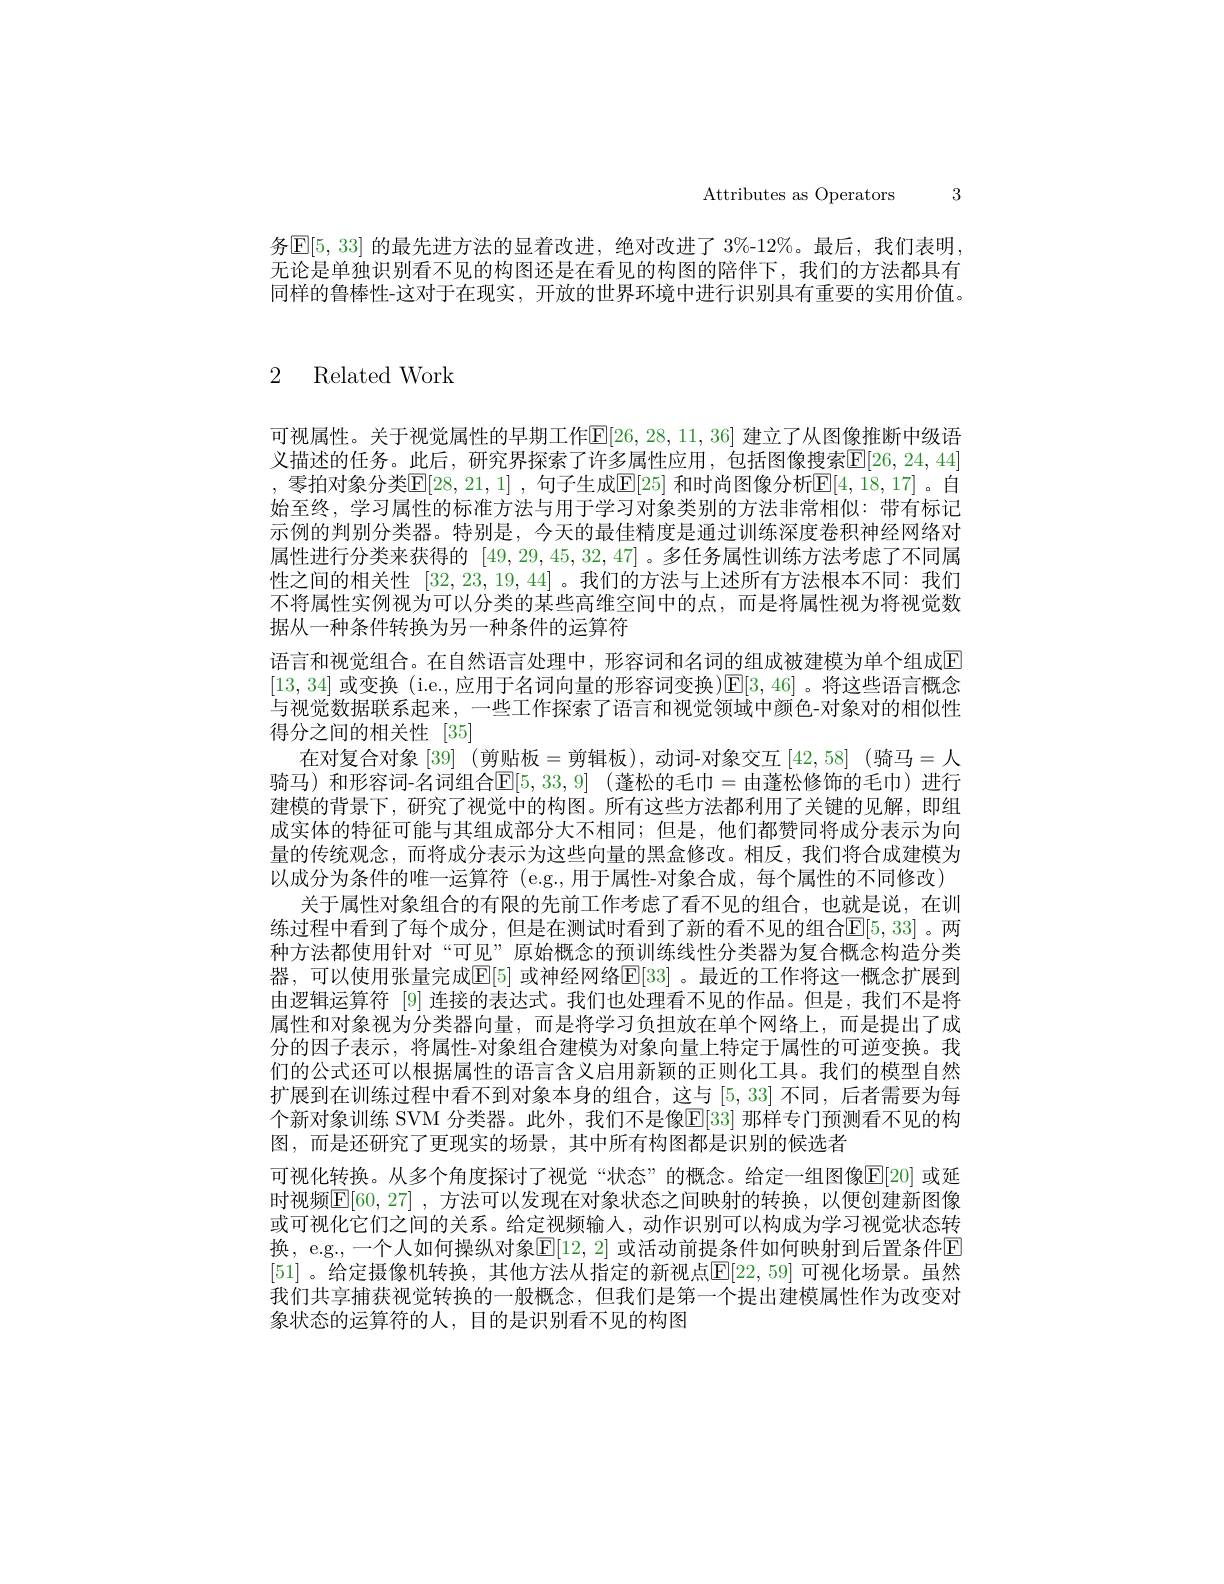
Attributes as Operators 3

务$\mathbb{E}[5,33]$ 的最先进方法的显着改进，绝对改进了 3%-12%。最后，我们表明无论是单独识别看不见的构图还是在看见的构图的陪伴下，我们的方法都具有同样的鲁棒性-这对于在现实，开放的世界环境中进行识别具有重要的实用价值。

2 Related Work

可视属性。关于视觉属性的早期工作$\mathbb{E}[26,28,11,36]$ 建立了从图像推断中级语义描述的任务。此后，研究界探索了许多属性应用，包括图像搜索$\overline{\mathrm{E}}[26,24,44]$ , 零拍对象分类E[28,21,1] , 句子生成$\mathbb{E}[25]$ 和时尚图像分析$\mathbb{E}[4,18,17]$。自始至终，学习属性的标准方法与用于学习对象类别的方法非常相似：带有标记示例的判别分类器。特别是，今天的最佳精度是通过训练深度卷积神经网络对属性进行分类来获得的[49,29,45,32,47] 。多任务属性训练方法考虑了不同属性之间的相关性[32,23,19,44] 。我们的方法与上述所有方法根本不同：我们不将属性实例视为可以分类的某些高维空间中的点，而是将属性视为将视觉数据从一种条件转换为另一种条件的运算符
语言和视觉组合。在自然语言处理中，形容词和名词的组成被建模为单个组成E [13,34]或变换 (i.e.,应用于名词向量的形容词变换)|E[3,46]。将这些语言概念与视觉数据联系起来，一些工作探索了语言和视觉领域中颜色-对象对的相似性得分之间的相关性[35]
在对复合对象[39] (剪贴板=剪辑板),动词-对象交互[42,58] (骑马=人骑马)和形容词-名词组合$\mathsf{E} | 5, 33, 9|$ (蓬松的毛巾=由蓬松修饰的毛巾)进行建模的背景下，研究了视觉中的构图。所有这些方法都利用了关键的见解，即组成实体的特征可能与其组成部分大不相同；但是，他们都赞同将成分表示为向量的传统观念，而将成分表示为这些向量的黑盒修改。相反，我们将合成建模为以成分为条件的唯一运算符 (e.g.,用于属性-对象合成，每个属性的不同修改)
关于属性对象组合的有限的先前工作考虑了看不见的组合，也就是说，在训练过程中看到了每个成分，但是在测试时看到了新的看不见的组合E[5,33]。两种方法都使用针对“可见”原始概念的预训练线性分类器为复合概念构造分类器，可以使用张量完成$\mathbb{E}[5]$ 或神经网络$\mathbb{E}[33]$。最近的工作将这一概念扩展到由逻辑运算符 [9] 连接的表达式。我们也处理看不见的作品。但是，我们不是将属性和对象视为分类器向量，而是将学习负担放在单个网络上，而是提出了成分的因子表示，将属性-对象组合建模为对象向量上特定于属性的可逆变换。我们的公式还可以根据属性的语言含义启用新颖的正则化工具。我们的模型自然扩展到在训练过程中看不到对象本身的组合，这与$\lceil5,33\rceil$不同，后者需要为每个新对象训练 SVM 分类器。此外，我们不是像$\overline{\mathbb{E}}[33]$ 那样专门预测看不见的构图，而是还研究了更现实的场景，其中所有构图都是识别的候选者
可视化转换。从多个角度探讨了视觉“状态”的概念。给定一组图像$\overline{\mathbb{E}}[20]$ 或延时视频$\mathbb{E} [ 60, 27]$ , 方法可以发现在对象状态之间映射的转换，以便创建新图像或可视化它们之间的关系。给定视频输入，动作识别可以构成为学习视觉状态转换，e.g.,一个人如何操纵对象$\overline{\mathbb{E}}[12,2]$ 或活动前提条件如何映射到后置条件回[51] 。给定摄像机转换，其他方法从指定的新视点$\overline{\mathbb{E}}[22,59]$ 可视化场景。虽然我们共享捕获视觉转换的一般概念，但我们是第一个提出建模属性作为改变对象状态的运算符的人，目的是识别看不见的构图